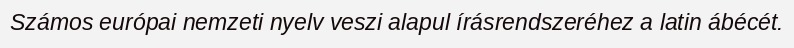
Számos európai nemzeti nyelv veszi alapul írásrendszeréhez a latin ábécét.